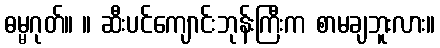
ဓမ္မဂုတ်။ ။ ဆီးပင်ကျောင်းဘုန်းကြီးက စာမချဘူးလား။